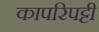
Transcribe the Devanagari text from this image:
कापरिपट्टी